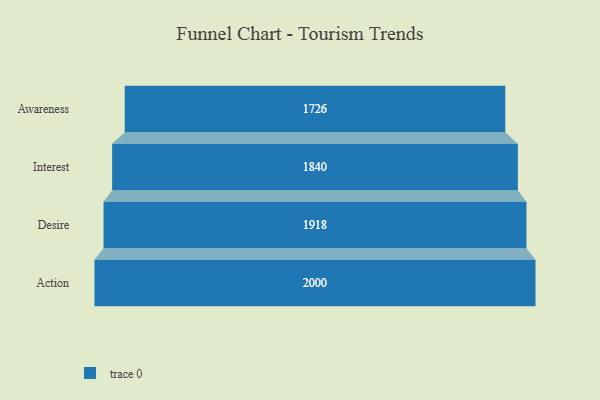
{"axis": {"x": "Stage", "y": "Value"}, "legend": [""], "data": [{"x": "Awareness", "y": 1726.0, "type": ""}, {"x": "Interest", "y": 1840.0, "type": ""}, {"x": "Desire", "y": 1918.0, "type": ""}, {"x": "Action", "y": 2000, "type": ""}]}